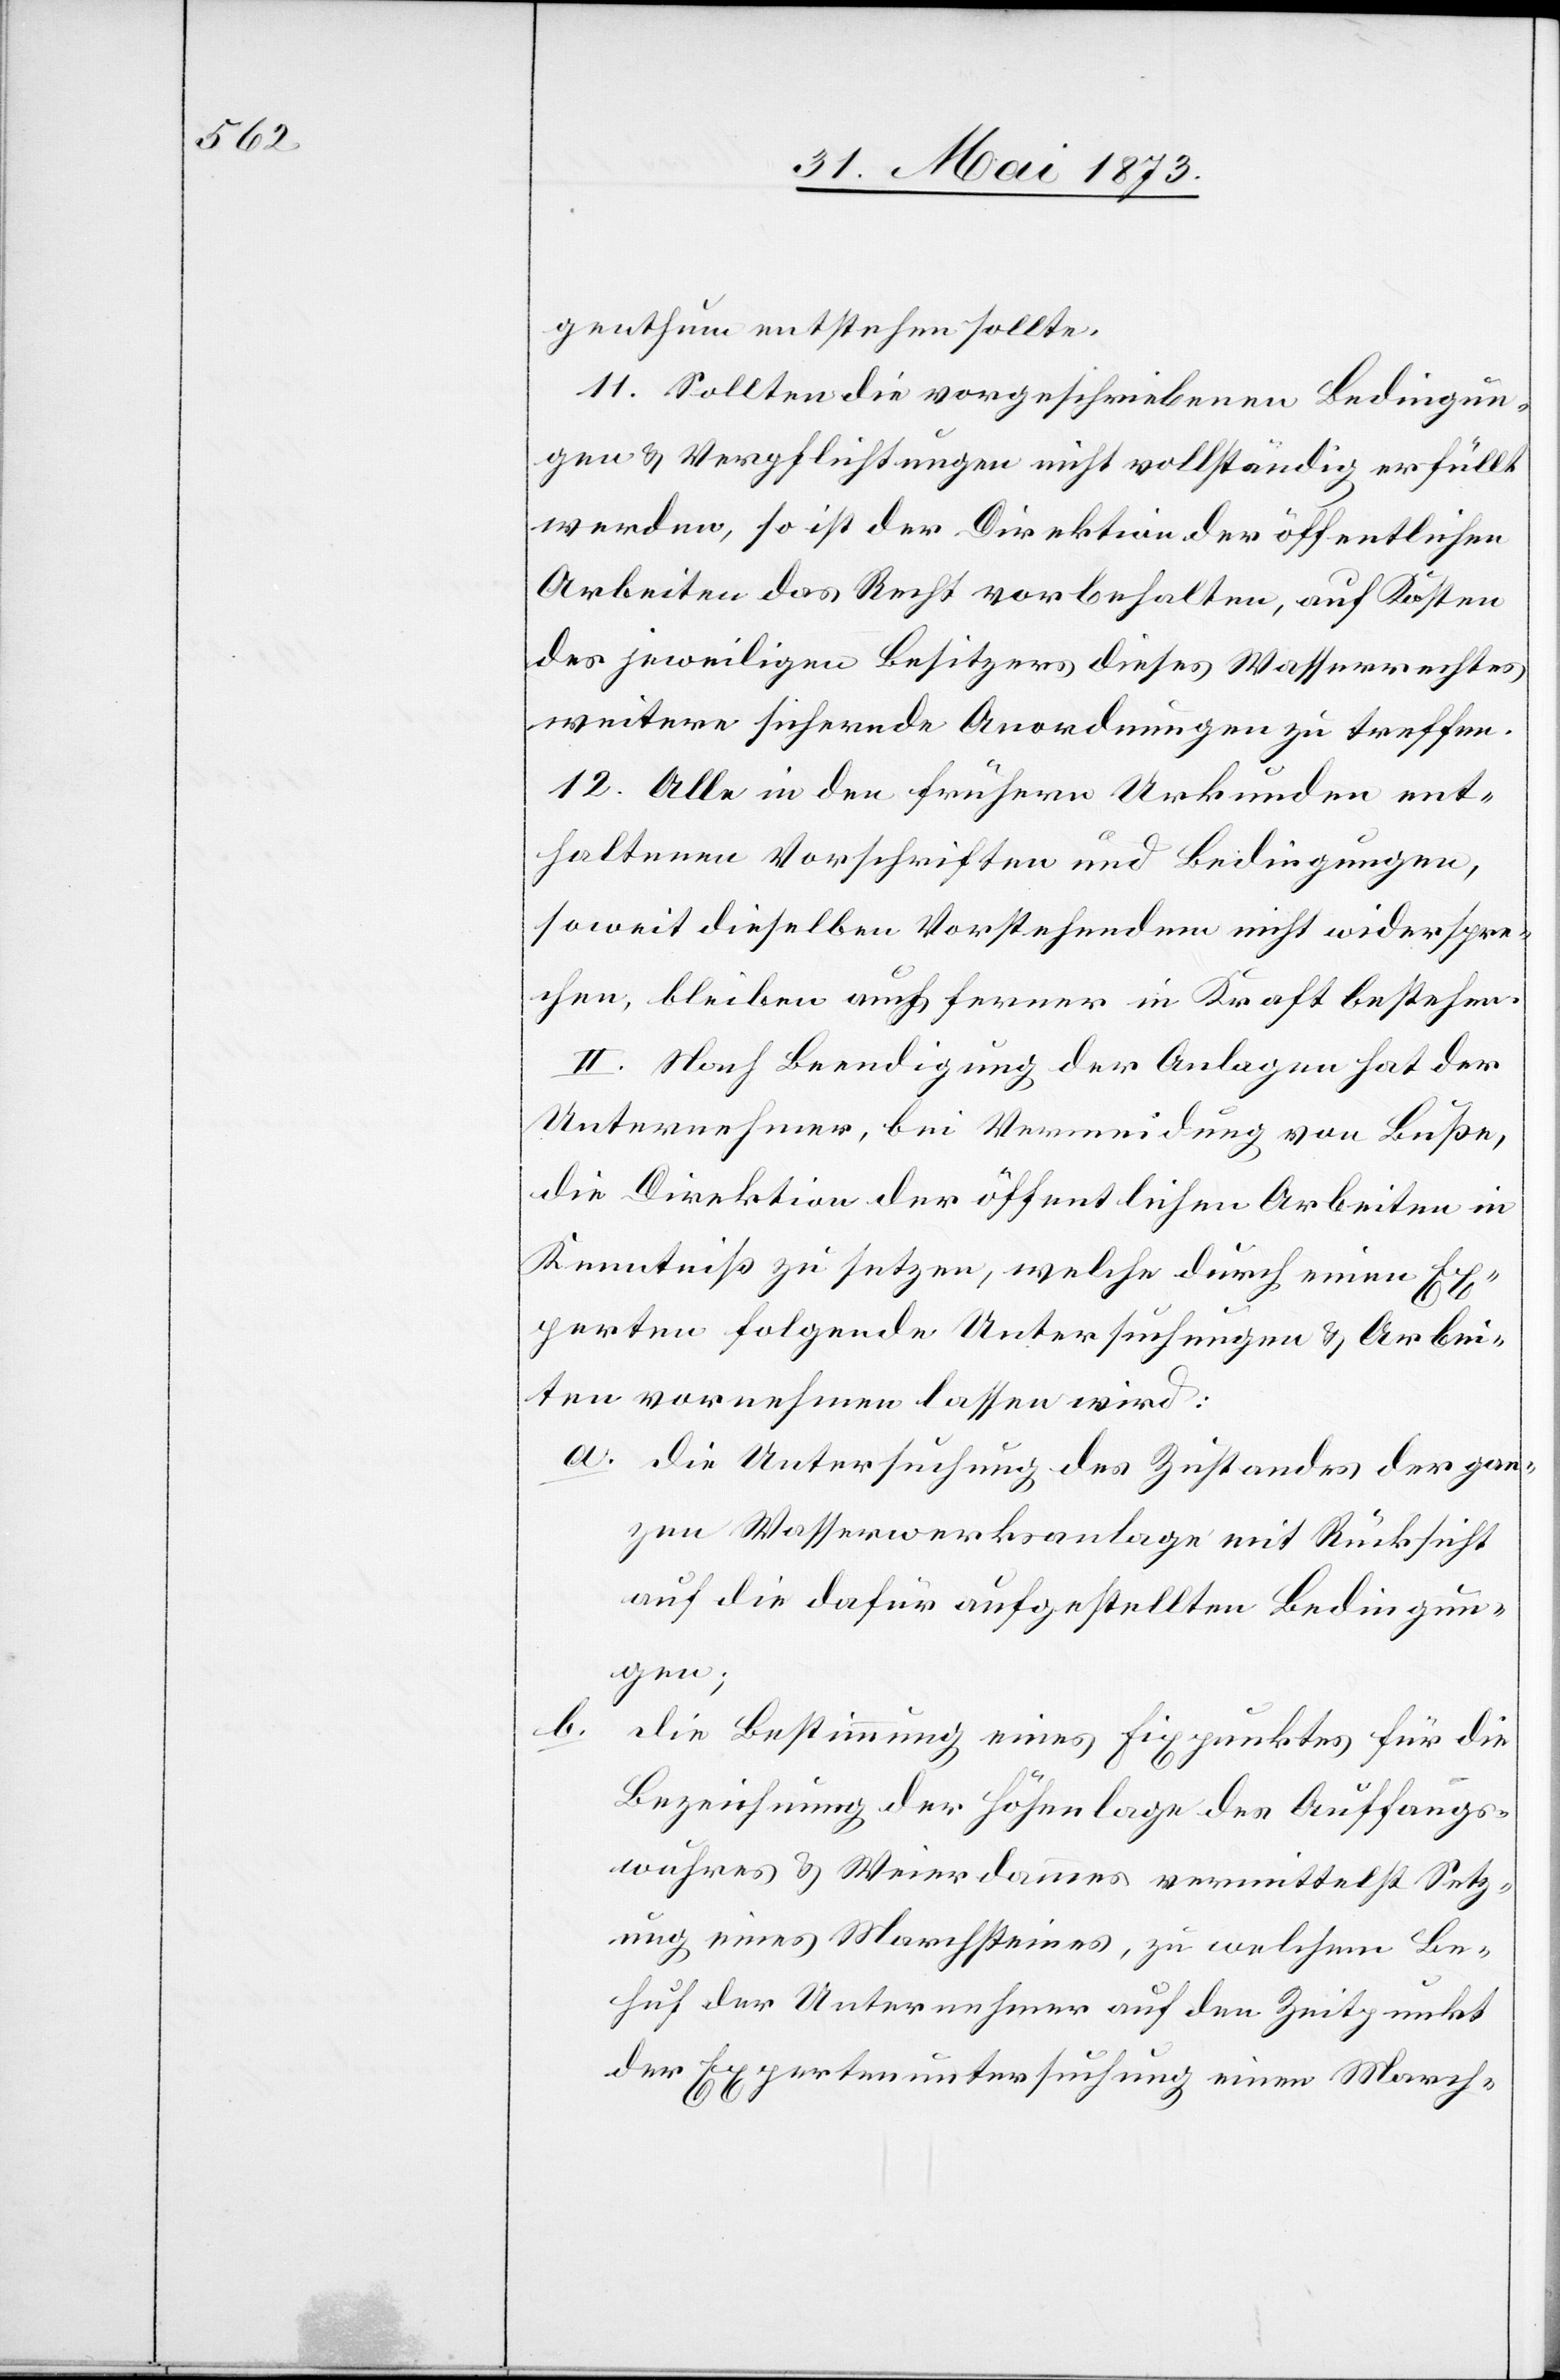
genthum entstehen sollte.
11. Sollten die vorgeschriebenen Bedingun¬
gen & Verpflichtungen nicht vollständig erfüllt
werden, so ist der Direktion der öffentlichen
Arbeiten das Recht vorbehalten, auf Kosten
des jeweiligen Besitzers dieses Wasserrechtes
weitere sichernde Anordnungen zu treffen.
12. Alle in den frühern Urkunden ent¬
haltenen Vorschriften und Bedingungen,
soweit dieselben Vorstehendem nicht widerspre¬
chen, bleiben auch ferner in Kraft bestehen.
II. Nach Beendigung der Anlagen hat der
Unternehmer, bei Vermeidung von Buße,
die Direktion der öffentlichen Arbeiten in
Kenntniß zu setzen, welche durch einen Ex¬
perten folgende Untersuchungen & Arbei¬
ten vornehmen lassen wird:
a. Die Untersuchung des Zustandes der gan¬
zen Wasserwerksanlage mit Rücksicht
auf die dafür aufgestellten Bedingun¬
gen;
b.
die Bestimmung eines Fixpunktes für die
Bezeichnung der Höhenlage des Auffangs¬
wuhres & Weierdammes vermittelst Setz¬
ung eines Marchsteines, zu welchem Be¬
huf der Unternehmer auf den Zeitpunkt
der Expertenuntersuchung einen March-